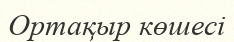
Ортақыр көшесі